38_143685_box_Incident_Summaries_173-233
Agency: Department of War
Page 111
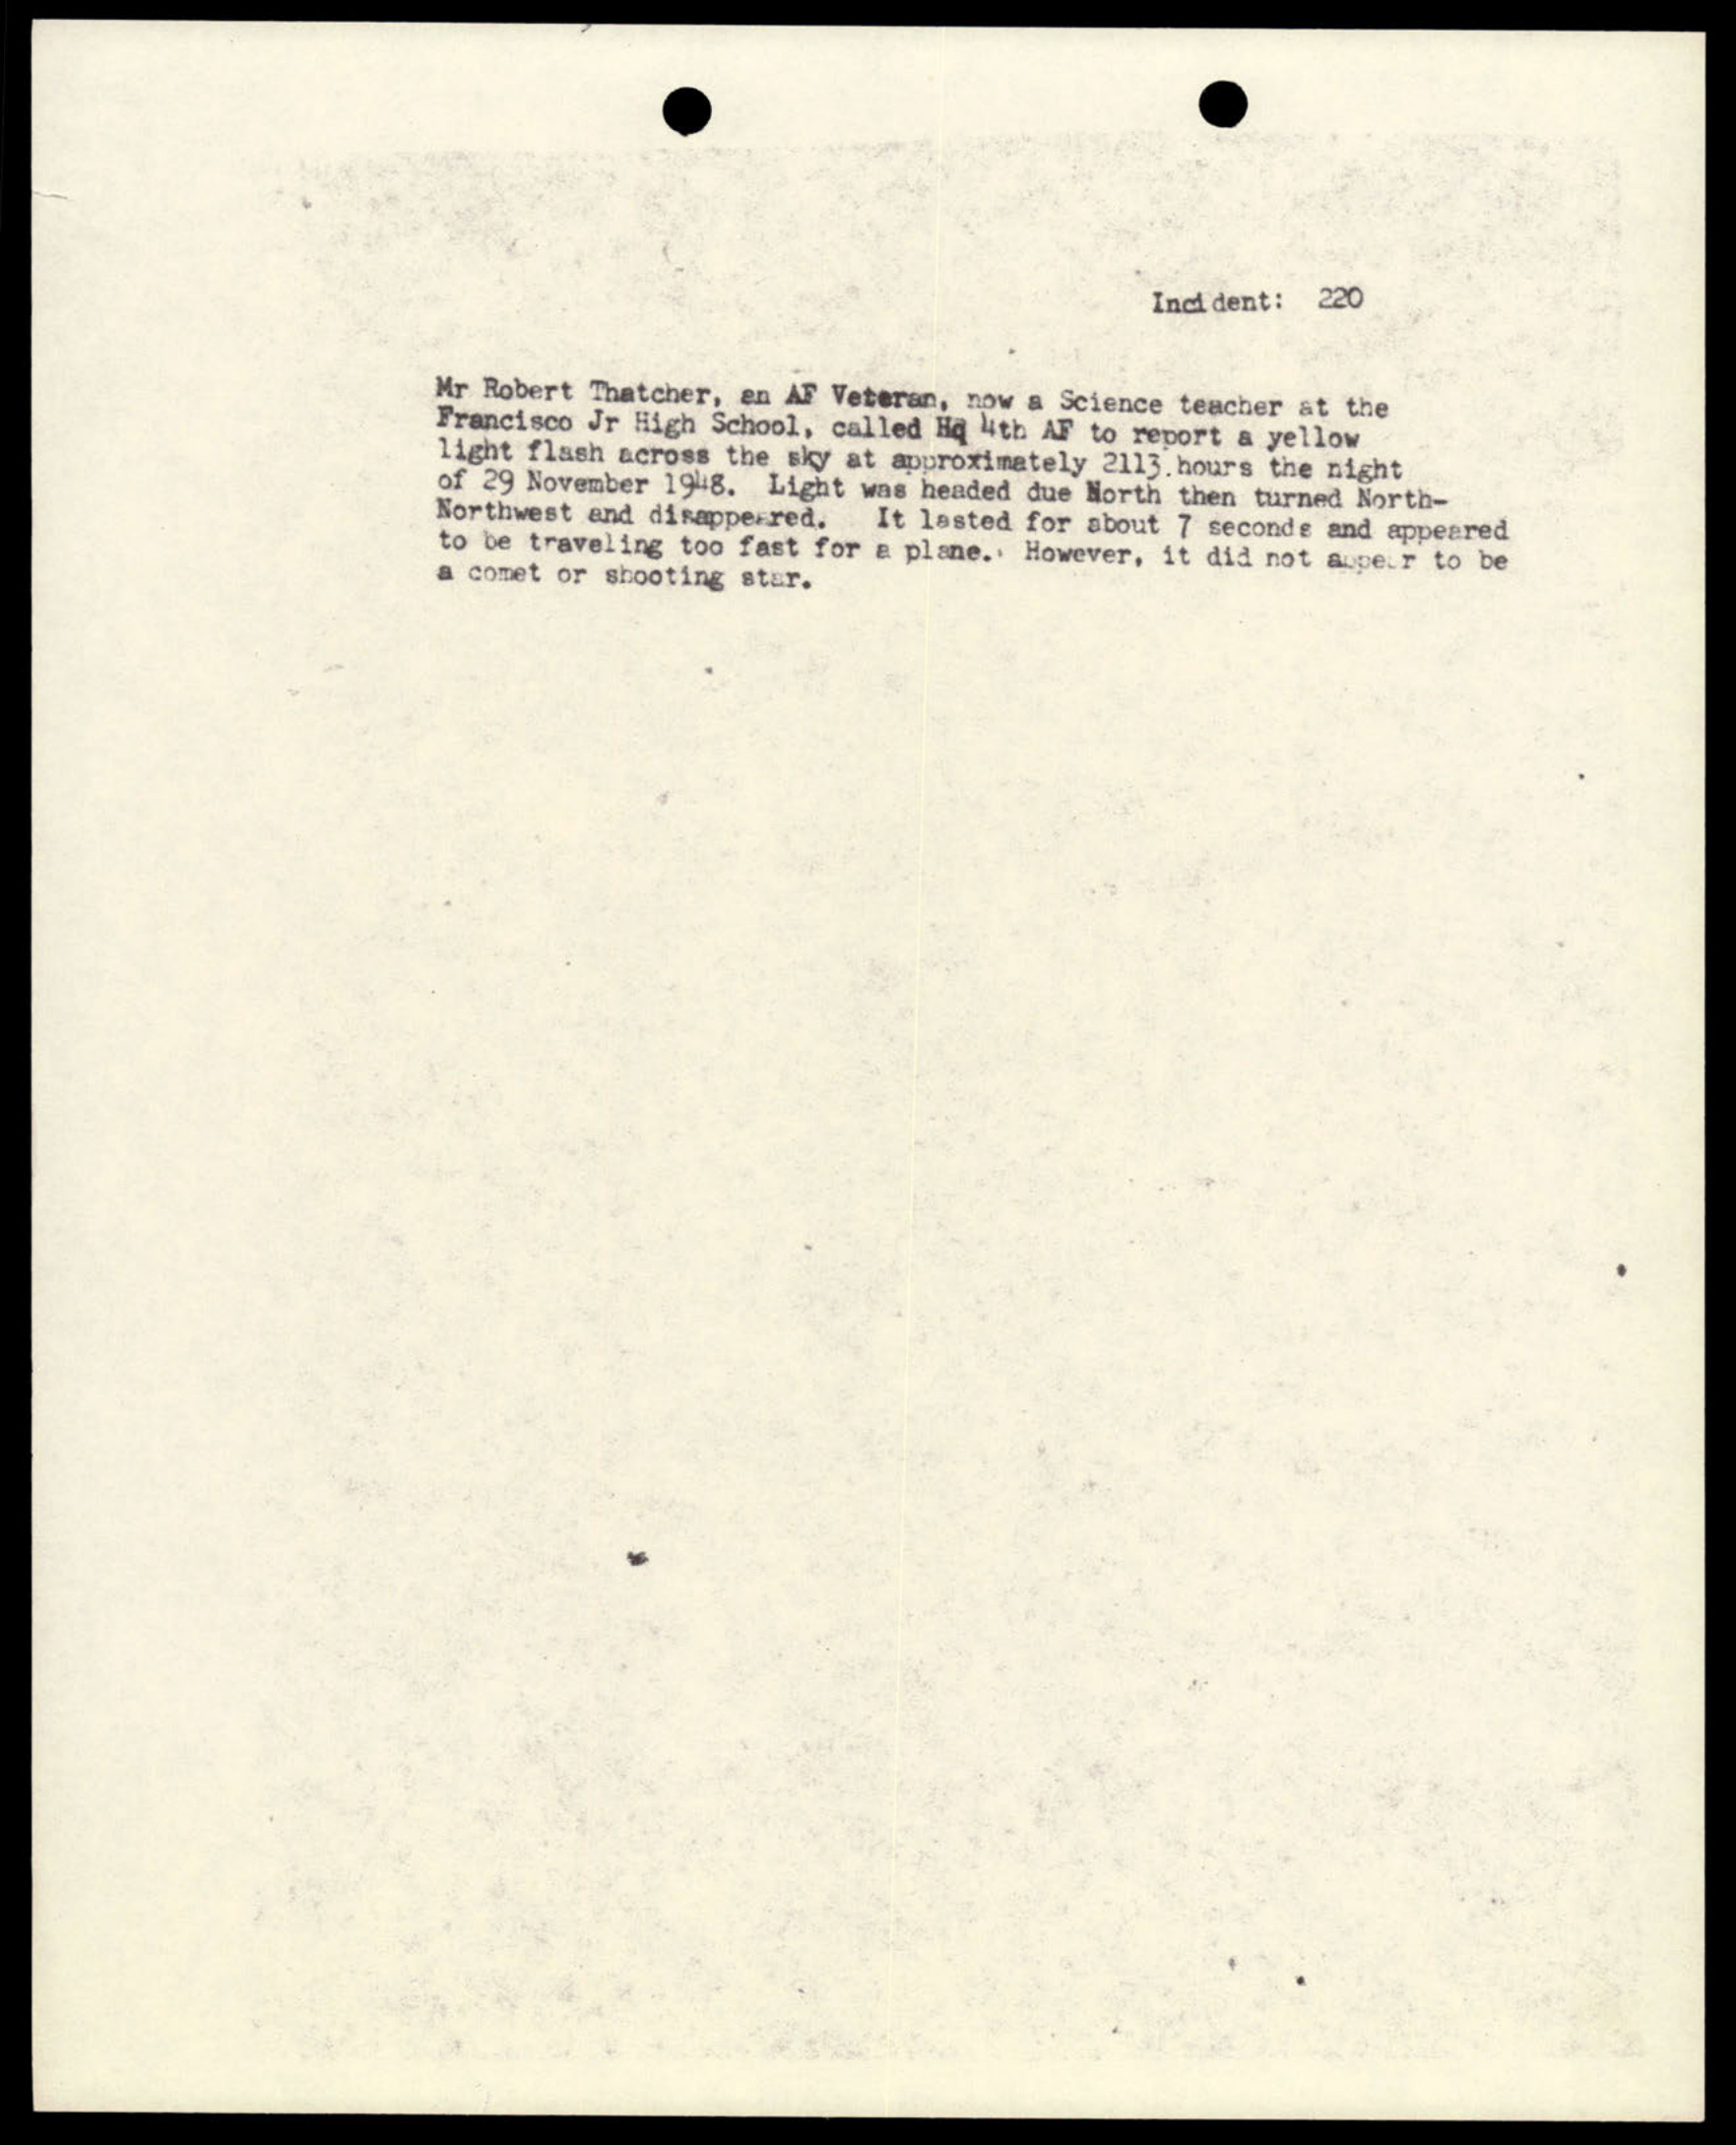